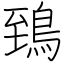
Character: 鵄